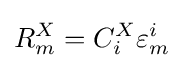
R_{m}^{X}=C_{i}^{X}\varepsilon _{m}^{i}